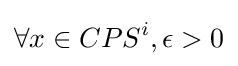
\forall x\in CPS^{i},\epsilon >0